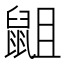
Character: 𮮭